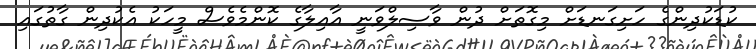
ކުޑަކުދިންގެ ހަށިގަނޑަށް މިގޮތަށް ދުން ވާސިލްވަނީ އާއިލާގެ ކޮންމެވެސް މީހަކު އެކުދިން ގާތުގައި